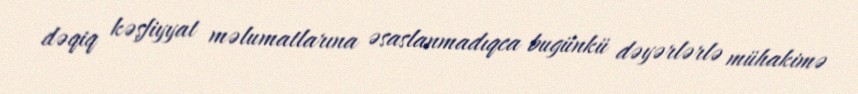
dəqiq kəşfiyyat məlumatlarına əsaslanmadıqca bugünkü dəyərlərlə mühakimə